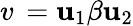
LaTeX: v\, =\mathbf{u}_{1}\beta\mathbf{u}_{2}